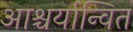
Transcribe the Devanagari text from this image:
आश्चर्यान्वित